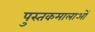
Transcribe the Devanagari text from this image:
पुस्तकमालाओं